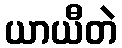
ယာယီတဲ